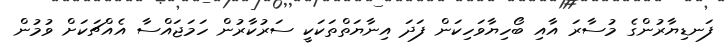
ފަނޑިޔާރުންގެ މުސާރަ އާއި ބޯހިޔާވަހިކަން ފަދަ އިނާޔަތްތަކަކީ ސަރުކާރުން ހަމަޖައްސާ އެއްޗަކަށް ވުމުން